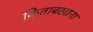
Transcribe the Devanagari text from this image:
किताबखाना